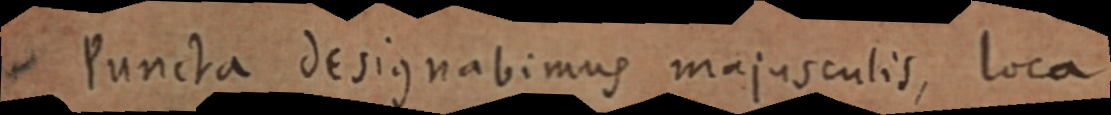
Puncta designabimus majusculis, loca